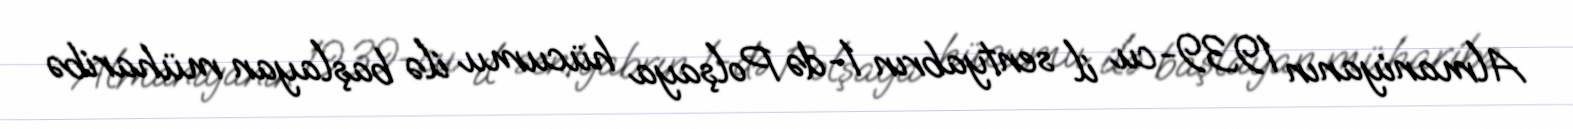
Almaniyanın 1939-cu il sentyabrın 1-də Polşaya hücumu ilə başlayan müharibə